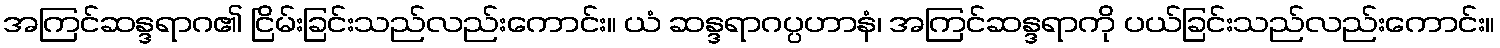
အကြင်ဆန္ဒရာဂ၏ ငြိမ်းခြင်းသည်လည်းကောင်း။ ယံ ဆန္ဒရာဂပ္ပဟာနံ၊ အကြင်ဆန္ဒရာကို ပယ်ခြင်းသည်လည်းကောင်း။